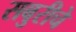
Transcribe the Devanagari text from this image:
सबुरीचे